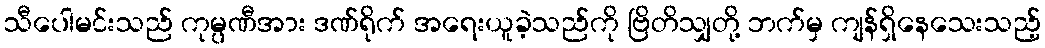
သီပေါမင်းသည် ကုမ္ပဏီအား ဒဏ်ရိုက် အရေးယူခဲ့သည်ကို ဗြိတိသျှတို့ ဘက်မှ ကျန်ရှိနေသေးသည့်